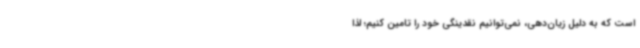
است که به دلیل زیان‌دهی، نمی‌توانیم نقدینگی خود را تامین کنیم؛ لذا